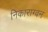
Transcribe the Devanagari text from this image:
निकाराग्वन